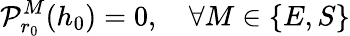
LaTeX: \displaystyle{\cal P}_{r_{0}}^{M}(h_{0})=0,\quad\forall M\in\{ E,S\}